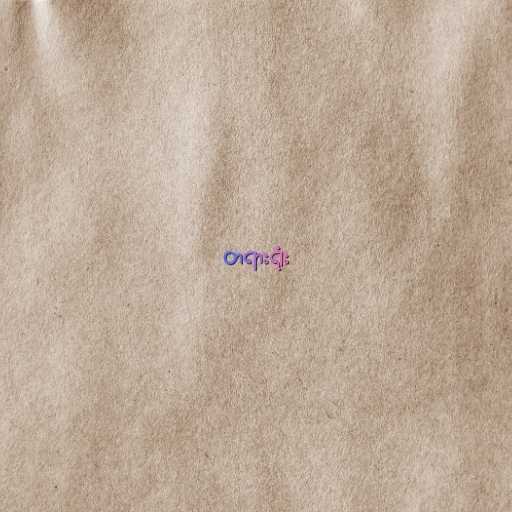
တရားရုံး